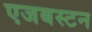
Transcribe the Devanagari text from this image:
एजबस्टन